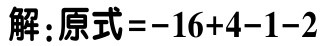
解：原式\(=-16 + 4 - 1 - 2\)